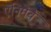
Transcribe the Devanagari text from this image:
ऍनिमेचे